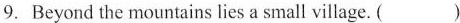
9. Beyond the mountains lies a small village. ( )